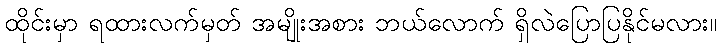
ထိုင်းမှာ ရထားလက်မှတ် အမျိုးအစား ဘယ်လောက် ရှိလဲပြောပြနိုင်မလား။